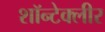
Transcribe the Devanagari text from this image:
शॉन्टेक्लीर